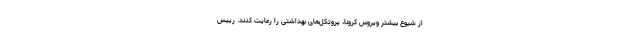
از شیوع بیشتر ویروس کرونا، پروتکل‌های بهداشتی را رعایت کنند. رییس